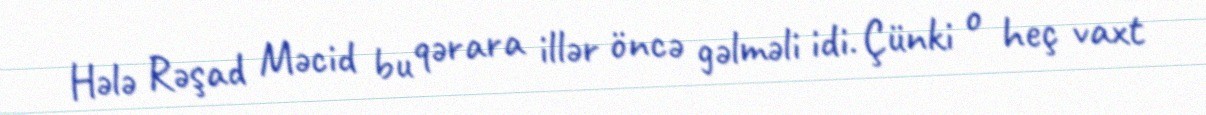
Hələ Rəşad Məcid bu qərara illər öncə gəlməli idi. Çünki o heç vaxt